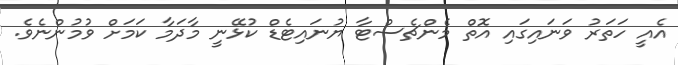
އެއީ ހަތަރު ވަަނައިގައި އޮތް މެންޗެސްޓާ ޔުނައިޓެޑް ކުޅޭނީ މާދަމާ ކަމަށް ވުމުންނެވެ.